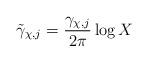
LaTeX: \begin{align*} \tilde{\gamma}_{\chi, j}= \frac{\gamma_{\chi, j}}{2 \pi} \log X\end{align*}